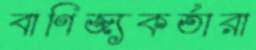
বাণিজ্যকর্তারা